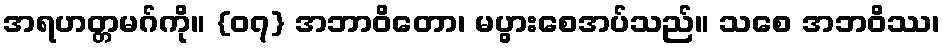
အရဟတ္တမဂ်ကို။ {၀၇} အဘာဝိတော၊ မပွားစေအပ်သည်။ သစေ အဘဝိဿ၊